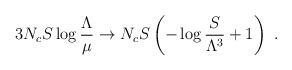
LaTeX: \begin{align*}3N_cS\log{\frac{\Lambda}{\mu}} \to N_cS\left(-\log{\frac{S}{\Lambda^3}}+1 \right) ~.\end{align*}